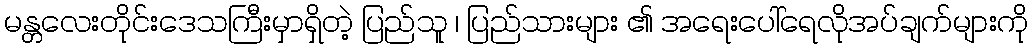
မန္တလေးတိုင်းဒေသကြီးမှာရှိတဲ့ ပြည်သူ ၊ ပြည်သားများ ၏ အရေးပေါ်ရေလိုအပ်ချက်များကို